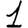
Digit: 1